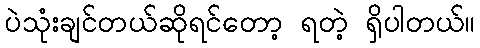
ပဲသုံးချင်တယ်ဆိုရင်တော့ ရတဲ့ ရှိပါတယ်။